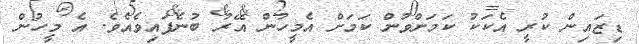
ޑިޒައިން ކުރީ އެކަކު ކަމަށްވުން ކަމަށް އެމީހުން އޭރު ބުނެފައިވެއެވެ. އެ މީހުން